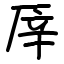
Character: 厗